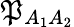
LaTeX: \mathfrak{P}_{A_{1}A_{2}}